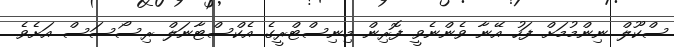
ސްކޫލް ނިންމުމަށް ފަހު އޭނާ ވެންނެވީ ފޮރިން މިނިސްޓްރީގެ އެކްސްޓާނަލް ރިސޯސަސް އަށެވެ.